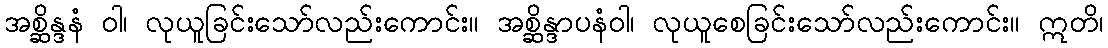
အစ္ဆိန္ဒနံ ဝါ၊ လုယူခြင်းသော်လည်းကောင်း။ အစ္ဆိန္ဒာပနံဝါ၊ လုယူစေခြင်းသော်လည်းကောင်း။ ဣတိ၊